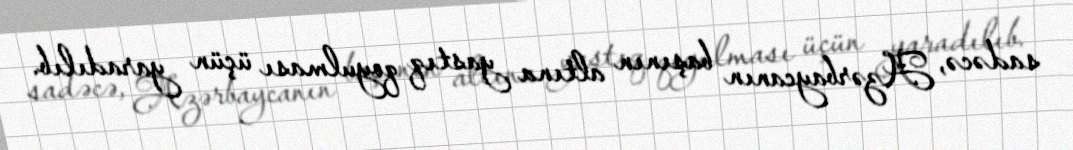
sadəcə, Azərbaycanın başının altına yastıq qoyulması üçün yaradılıb.